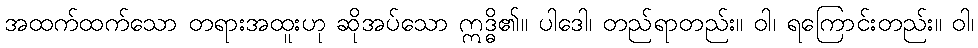
အထက်ထက်သော တရားအထူးဟု ဆိုအပ်သော ဣဒ္ဓိ၏။ ပါဒေါ၊ တည်ရာတည်း။ ဝါ၊ ရကြောင်းတည်း။ ဝါ၊